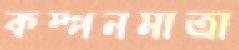
কম্পনমাত্রা